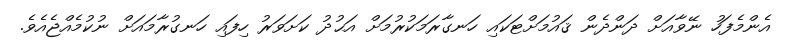
އެންމެފަހު ނޭވާއަށް ދަންދެން ޤައުމަށްޓަކައި ހަނގާރަމަކުރުމަށް އަޙުދު ކަށަވަރު ހިފައި ހަނގުރާމައަށް ނުކުމެއްޖެއެވެ.